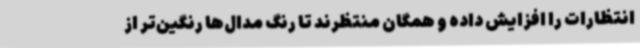
انتظارات را افزایش داده و همگان منتظرند تا رنگ مدال‌ها رنگین‌تر از